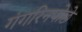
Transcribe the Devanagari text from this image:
गंगरिनपोछे